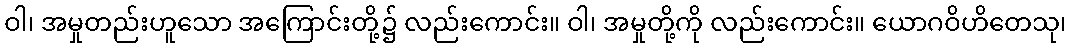
ဝါ၊ အမှုတည်းဟူသော အကြောင်းတို့၌ လည်းကောင်း။ ဝါ၊ အမှုတို့ကို လည်းကောင်း။ ယောဂဝိဟိတေသု၊